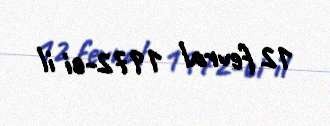
12 fevral 1972-ci il